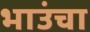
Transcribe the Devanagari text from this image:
भाउंचा